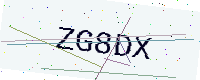
Text: ZG8DX